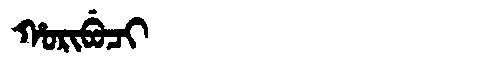
Manchu: ᡥᠣᡵᡳᠪᡠᠴᡳ
Romanization: HORIBUCI